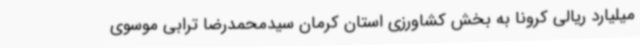
میلیارد ریالی کرونا به بخش کشاورزی استان کرمان سیدمحمدرضا ترابی موسوی